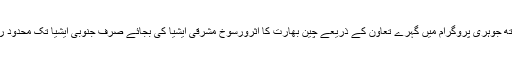
پاکستان کے ساتھ جوہری پروگرام میں گہرے تعاون کے ذریعے چین بھارت کا اثرورسوخ مشرقی ایشیا کی بجائے صرف جنوبی ایشیا تک محدود رکھنا چاہتا ہے ۔